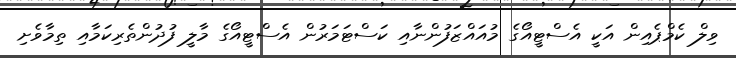
ވިލް ކެމްޕެއިން އަކީ އެސްޓީއޯގެ މުއައްޒަފުންނާއި ކަސްޓަމަރުން އެސްޓީއޯގެ މާލީ ފުދުންތެރިކަމާއި ތިމާވެށި